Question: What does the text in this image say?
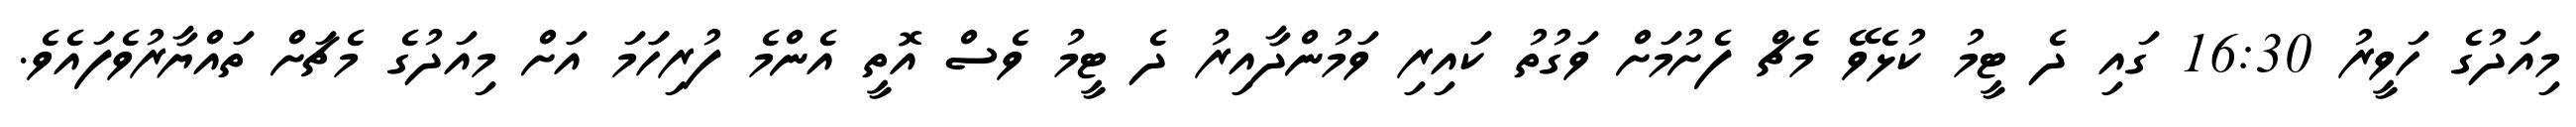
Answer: މިއަދުގެ ހަވީރު 16:30 ގައި ދެ ޓީމު ކުޅެވޭ މެޗް ފެށުމަށް ވަގުތު ކައިރި ވަމުންދާއިރު ދެ ޓީމު ވެސް އޮތީ އެންމެ ފުރިހަަމަ އަށް މިއަދުގެ މެޗަށް ތައްޔާރުވެފައެވެ.